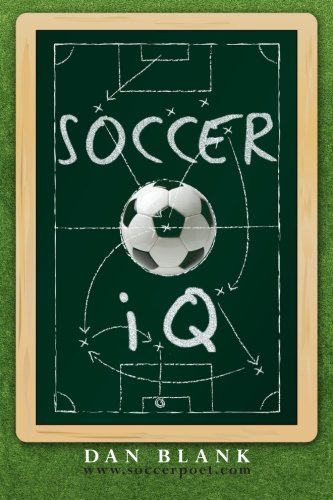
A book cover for Soccer IQ: Things That Smart Players Do, Vol. 1; Dan Blank; Sports & Outdoors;